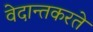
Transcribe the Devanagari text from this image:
वेदान्तकरते